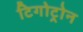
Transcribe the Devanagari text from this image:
टिगोट्रोन